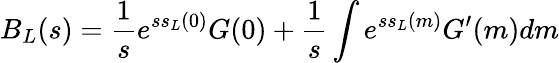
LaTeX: B_{L}(s)=\frac{1}{s}e^{ss_{L}(0)}G(0)+\frac{1}{s}\int e^{ss_{L}(m)}G^{\prime}(m)dm